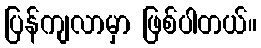
ပြန်ကျလာမှာ ဖြစ်ပါတယ်။